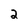
Character: 2